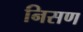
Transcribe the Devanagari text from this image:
निसण